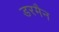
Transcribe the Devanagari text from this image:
डरमैन